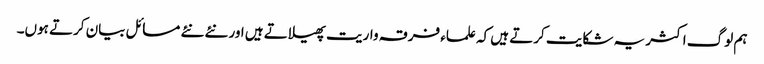
ہم لوگ اکثر یہ شکایت کرتے ہیں کہ علماء فرقہ واریت پھیلاتے ہیں اور نئے نئے مسائل بیان کرتے ہوں۔